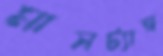
মাসট্যাঙ্গ